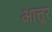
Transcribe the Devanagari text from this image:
आत्तूर